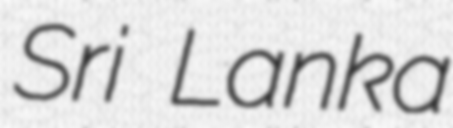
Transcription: Sri Lanka